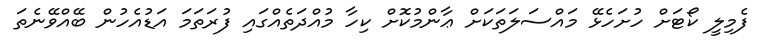
ފެމިލީ ކޯޓަށް ހުށަހެޅޭ މައްސަލަތަކަށް ޢާންމުކޮށް ކިހާ މުއްދަތެއްގައި ފުރަތަމަ އަޑުއެހުން ބޭއްވޭނެތަ